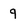
Character: q